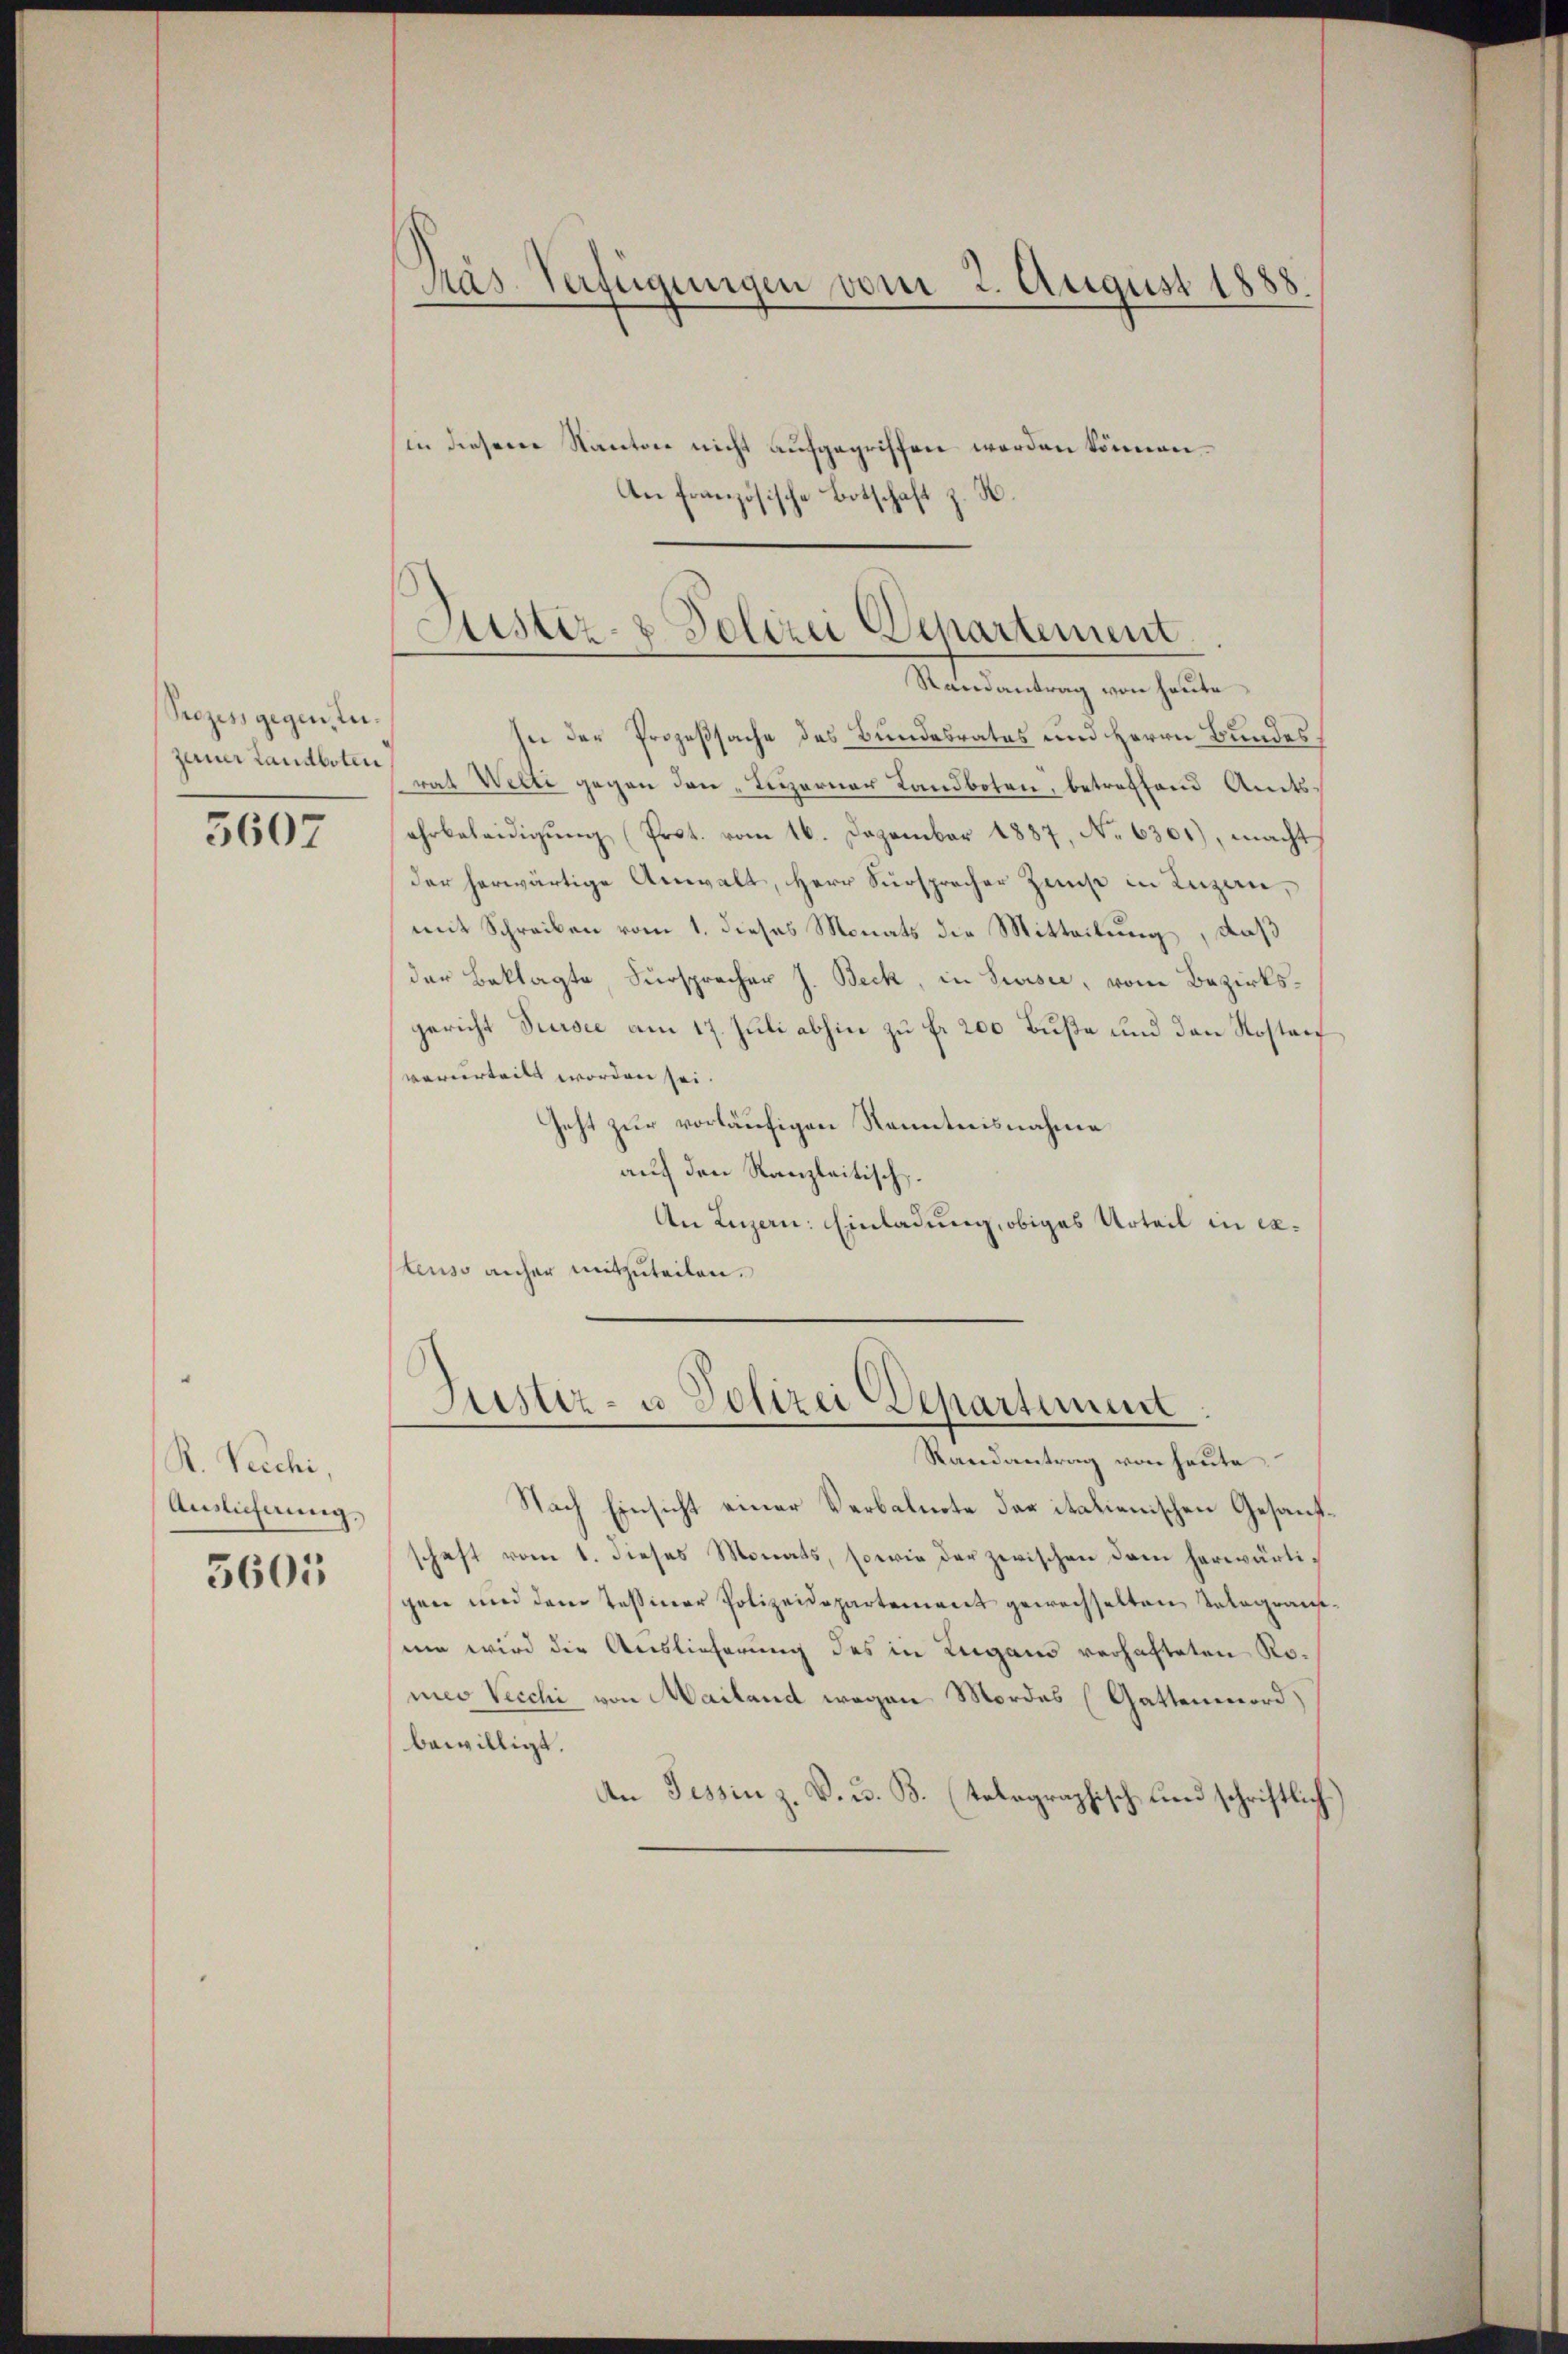
Prozess gegentu¬

3607

R. Pecchi,
Auslicherung

5605

Präs. Verfügungen vom 2. August 1888.

(in diesem Kanton nicht aufgegriffen werden können.
An Französische Botschaft z. B.

Justiz- & Polizei Departement.
Randantrag von heute

In der Prozeßsache des Bundesrates und Herrn Bundesjener Landerten hat Welti gegen den „Leizerner Landboten, betreffend Amtsehrbeleidigŭng (Prot. vom 16. Dezember 1887, No 6361), macht
der herwärtige Anwalt, Herr Sursprecher Zinse in Luzan,
mit Schreiben vom 1. dieses Monats die Mitteilung, daß
der Beklagte, Fürsprecher J. Beck, in Sursee, vom Bezirksgericht Sursee am 17. Juli abhin zu fr 200 Buße und den Kostenf
verurteilt worden sei.
Geht zur vorläufigen Kenntnisnahme
auf den Kanzleitisch
An Luzern: Einladung, obiges Urteil in extenso anher mitzuteilen.

Sistiz- u Polizer Departement
Randantrag von heute.

Nach Einsicht einer Verbalnote das italienischen Gesandschaft vom 1. dieses Monats, sowie der zwischen dem herwärtigen und dem Tessiner Polizeidepartement gewechselten Telegramum wird die Auslieferung des in Lugano verhafteten Romeo Vecchi von Mailand wegen Mordes (Gattenmord)
bewilligt.
An Tessin z. B. u. B. (tolographisch und schriftlich)